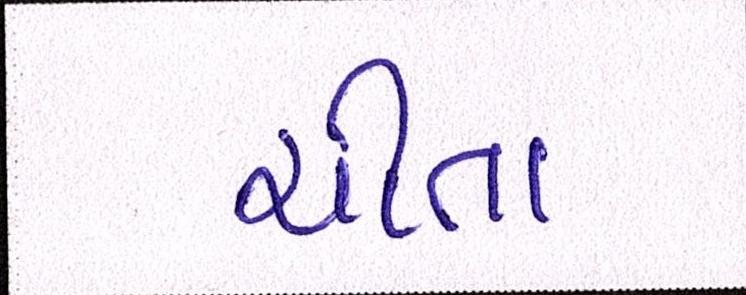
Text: ચીતા